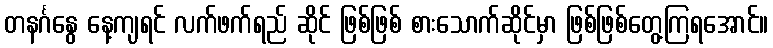
တနင်္ဂနွေ နေ့ကျရင် လက်ဖက်ရည် ဆိုင် ဖြစ်ဖြစ် စားသောက်ဆိုင်မှာ ဖြစ်ဖြစ်တွေ့ကြရအောင်။